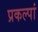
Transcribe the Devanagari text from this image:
प्रकल्पां